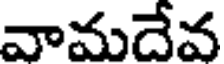
వామదేవ